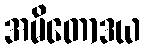
အမိတောဒယ